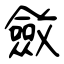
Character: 斂